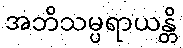
အဘိသမ္ပရာယန္တိ